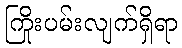
ကြိုးပမ်းလျက်ရှိရာ